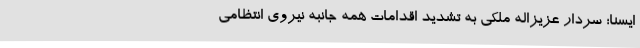
ایسنا؛ سردار عزیزاله ملکی به تشدید اقدامات همه جانبه نیروی انتظامی